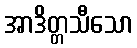
အာဒိတ္တသီသော